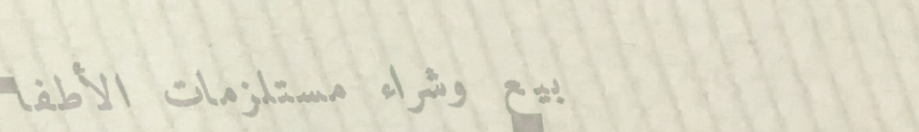
بيع وشراء مستلزمات الأطفا